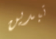
تبدين